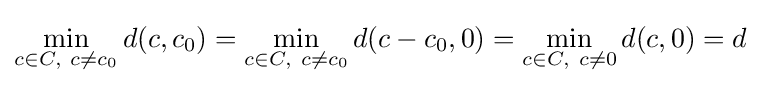
\min _{c\in C,\ c\neq c_{0}}d(c,c_{0})=\min _{c\in C,\ c\neq c_{0}}d(c-c_{0},0)=\min _{c\in C,\ c\neq 0}d(c,0)=d